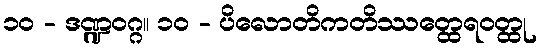
၁၀ - ဒဏ္ဍဝဂ္ဂ။ ၁၀ - ပိလောတိကတိဿတ္ထေရဝတ္ထု